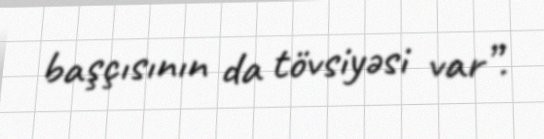
başçısının da tövsiyəsi var”.